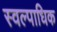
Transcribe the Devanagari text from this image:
स्वल्पाधिक